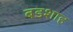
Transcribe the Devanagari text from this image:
बडशाह